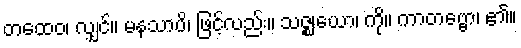
တထေဝ၊ လျှင်။ မနသာပိ၊ ဖြင့်လည်း။ သဇ္ဈယော၊ ကို။ ကာတဗ္ဗော၊ ၏။